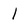
Character: 1